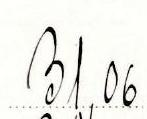
31,06